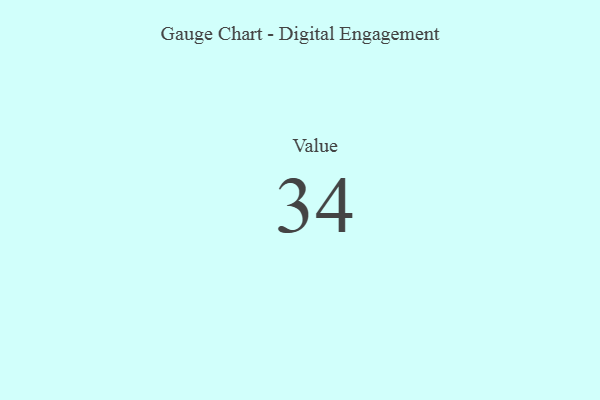
{"axis": {"x": "Metric", "y": "Value"}, "legend": [""], "data": [{"x": "Value", "y": 34, "type": ""}]}